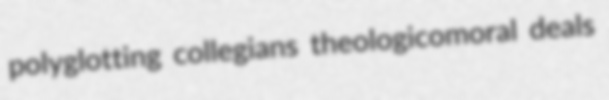
polyglotting collegians theologicomoral deals